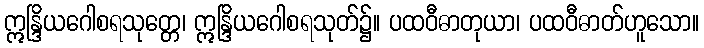
ဣန္ဒြိယဂေါစရသုတ္တေ၊ ဣန္ဒြိယဂေါစရသုတ်၌။ ပထဝီဓာတုယာ၊ ပထဝီဓာတ်ဟူသော။